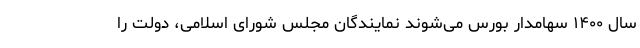
سال ۱۴۰۰ سهامدار بورس می‌شوند نمایندگان مجلس شورای اسلامی، دولت را